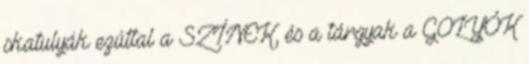
skatulyák ezúttal a SZÍNEK, és a tárgyak a GOLYÓK